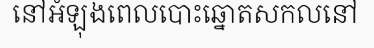
នៅអំឡុងពេលបោះឆ្នោតសកលនៅ